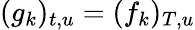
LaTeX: (g_{k})_{t,u}=(f_{k})_{T,u}